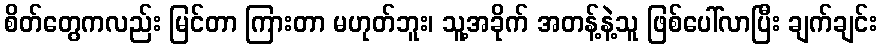
စိတ်တွေကလည်း မြင်တာ ကြားတာ မဟုတ်ဘူး၊ သူ့အခိုက် အတန့်နဲ့သူ ဖြစ်ပေါ်လာပြီး ချက်ချင်း